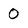
Character: 0